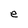
Character: e